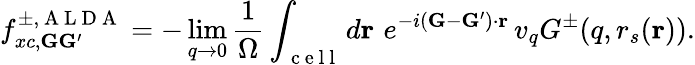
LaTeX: f_{xc,\mathbf{G}\mathbf{G}^{\prime}}^{\pm,\mathrm{~A~L~D~A~}}=-\operatorname*{lim}_{q\to 0}\frac{1}{\Omega}\int_{\mathrm{~c~e~l~l~}}d\mathbf{r}\, \, e^{-i(\mathbf{G}-\mathbf{G}^{\prime})\cdot\mathbf{r}}\, v_{q}G^{\pm}(q,r_{s}(\mathbf{r})).